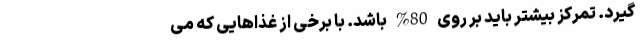
گیرد. تمرکز بیشتر باید بر روی 80% باشد. با برخی از غذاهایی که می